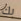
بك